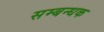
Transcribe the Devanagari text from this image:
सम्बन्धक